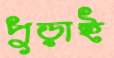
পুড়াই